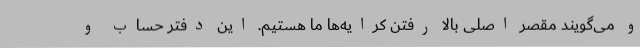
و می‌گویند مقصر اصلی بالا رفتن کرایه‌ها ما هستیم. این دفتر حساب و